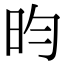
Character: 昀